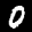
Label: 0